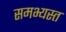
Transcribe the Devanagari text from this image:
समभ्यस्त